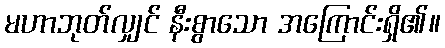
မဟာဘုတ်လျှင် နီးစွာသော အကြောင်းရှိ၏။